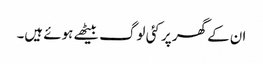
ان کے گھر پر کئی لوگ بیٹھے ہوئے ہیں۔